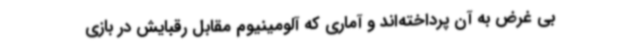
بی غرض به آن پرداخته‌اند و آماری که آلومینیوم مقابل رقبایش در بازی